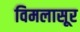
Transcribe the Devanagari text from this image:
विमलासूर